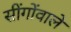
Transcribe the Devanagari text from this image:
सींगोंवाले